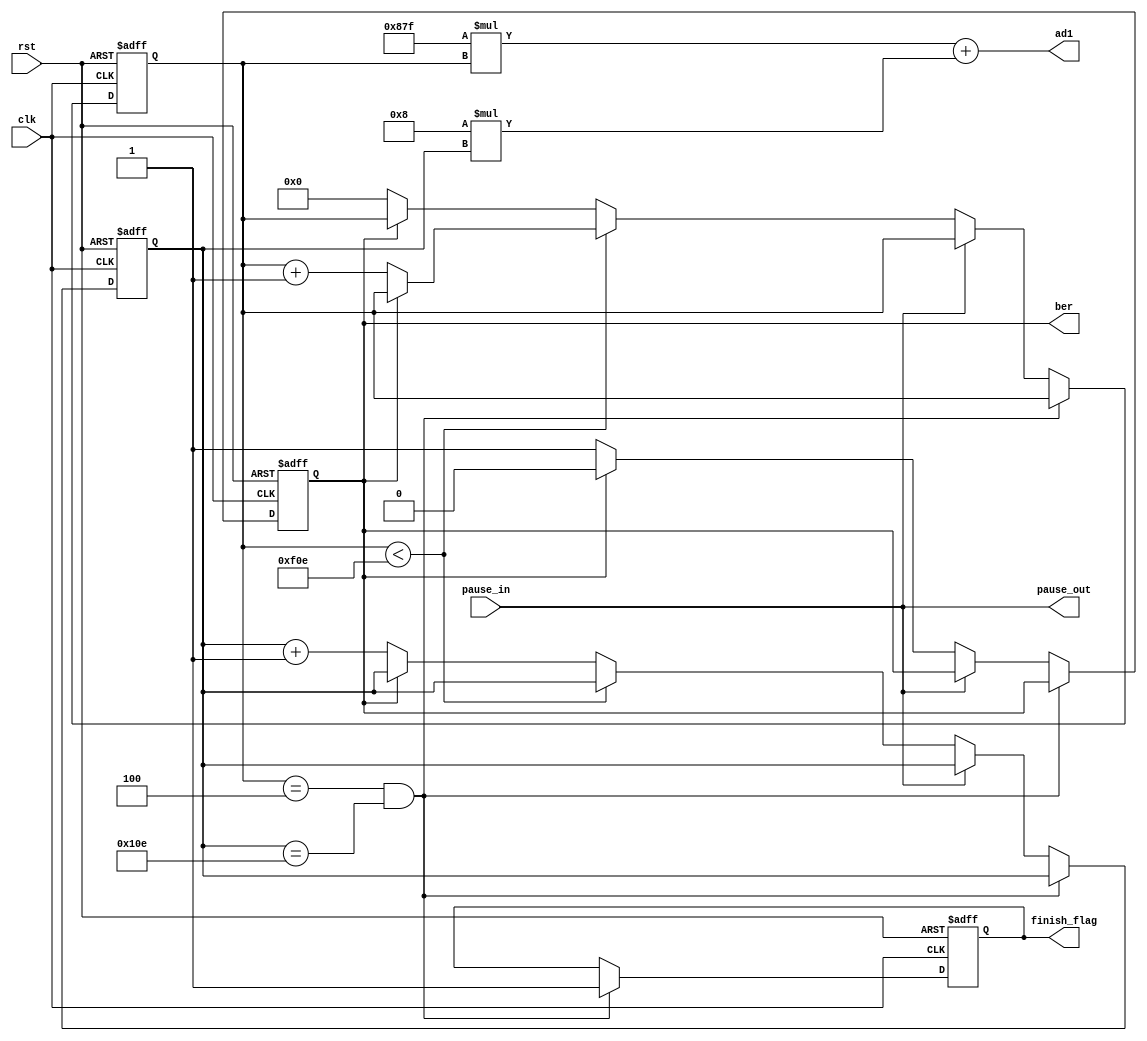

module ref_addr(rst,clk,ad1,ber,pause_in,pause_out,finish_flag);
   input wire clk,rst;
   output wire [22:0]ad1;
   reg [11:0]vec_x;
   reg[8:0] vec_y;
   input wire pause_in;
  output  reg ber;
  output  wire pause_out;
  output reg   finish_flag;
   
   
   always@(posedge clk or negedge rst)
   begin 
    if(!rst)
        begin 
          finish_flag<=0;
          vec_x<=0;vec_y<=0;ber<=1;
        end
   else  begin 
     if(vec_x==4&&vec_y==270) finish_flag<=1;//vec_x==1,2?
     else if(!pause_in)
     begin
      if(vec_x<3854)//3854or190 //
          begin 
            if(ber)
              begin 
                vec_x<=vec_x;ber<=0;
              end
            else begin  
              vec_x<=vec_x+1;
              ber<=1;
                 end 
          end
      else begin  
          if(ber)
            begin 
              vec_x<=vec_x;ber<=0;
            end
          else begin  
            vec_x<=0;vec_y<=vec_y+1;ber<=1;
            end 
     end
   end
   end
 end

assign ad1=2175*vec_x+8*vec_y;//2175or159
assign   pause_out=pause_in;//puausein
endmodule